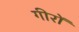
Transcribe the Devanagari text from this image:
गीरों